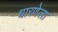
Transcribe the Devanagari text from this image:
धारणेला